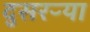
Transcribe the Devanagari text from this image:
दुसरऱ्या